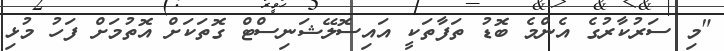
"މި ސަަރުކާރުގެ އެންމެ ބޮޑު ތަފާތަކީ އައިސޮލޭޝަނިސްޓް ގޮތަކަށް އޮތުމަށް ފަހު މުޅި